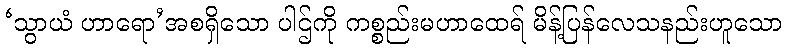
‘သွာယံ ဟာရော’အစရှိသော ပါဌ်ကို ကစ္စည်းမဟာထေရ် မိန့်ပြန်လေသနည်းဟူသော